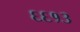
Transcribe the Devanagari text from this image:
६६१३